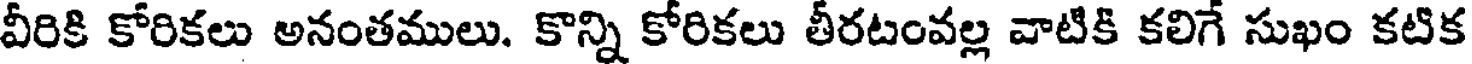
వీరికి కోరికలు అనంతములు. కొన్ని కోరికలు తీరటంవల్ల వాటికి కలిగే సుఖం కటిక